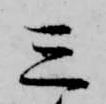
三